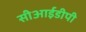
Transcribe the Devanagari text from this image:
सीआईडीपी